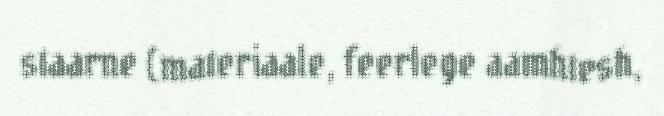
staarne (materiaale, feerlege aamhtesh,